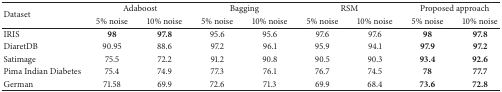
| <ROWSPAN=2> Dataset | <COLSPAN=2> Adaboost | <COLSPAN=2> Bagging | <COLSPAN=2> RSM | <COLSPAN=2> Proposed approach |
 | 5% noise | 10% noise | 5% noise | 10% noise | 5% noise | 10% noise | 5% noise | 10% noise |
 | --- | --- | --- | --- | --- | --- | --- | --- | --- |
 | IRIS | 98 | 97.8 | 95.6 | 95.6 | 97.6 | 97.6 | 98 | 97.8 |
 | DiaretDB | 90.95 | 88.6 | 97.2 | 96.1 | 95.9 | 94.1 | 97.9 | 97.2 |
 | Satimage | 75.5 | 72.2 | 91.2 | 90.8 | 90.5 | 90.3 | 93.4 | 92.6 |
 | Pima Indian Diabetes | 75.4 | 74.9 | 77.3 | 76.1 | 76.7 | 74.5 | 78 | 77.7 |
 | German | 71.58 | 69.9 | 72.6 | 71.3 | 69.9 | 68.4 | 73.6 | 72.8 |